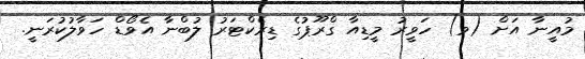
މުއީނާ އަށް (ވ) ހަވީރު މީޑިއާ ގްރޫޕުގެ ޑިރެކްޓަރު ލުބްނާ އެވޯޑް ހަވާލުކުރަނީ.